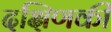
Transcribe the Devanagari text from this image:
दक्षिणकी